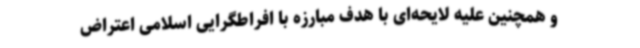
و همچنین علیه لایحه‌ای با هدف مبارزه با افراطگرایی اسلامی اعتراض